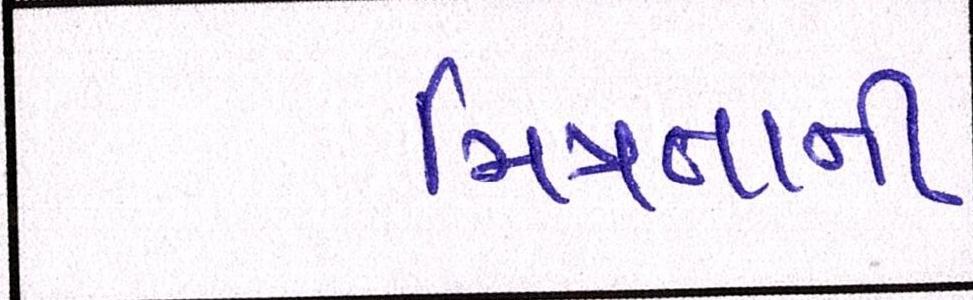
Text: મિત્રતાની